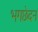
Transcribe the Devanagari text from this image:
भगछेदन